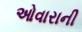
ઓવારાની